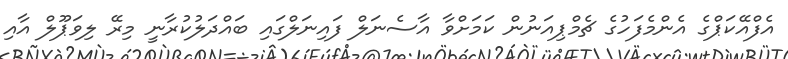
އެފްއޭކަޕްގެ އެންމެފަހުގެ ޗެމްޕިއަނުން ކަމަށްވާ އާސެނަލް ފައިނަލްގައި ބައްދަލުކުރާނީ މިރޭ ލިވަޕޫލް އާއި